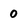
Character: 0